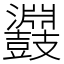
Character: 鼝